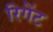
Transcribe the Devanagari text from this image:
रिगेंट